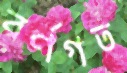
বর্ণগত